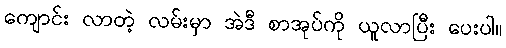
ကျောင်း လာတဲ့ လမ်းမှာ အဲဒီ စာအုပ်ကို ယူလာပြီး ပေးပါ။